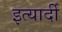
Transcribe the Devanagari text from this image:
इत्यार्दी